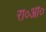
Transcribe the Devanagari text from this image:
रा०आ०